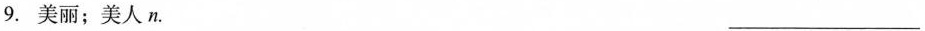
9.美丽；美人n. ___